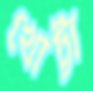
খোট্টা